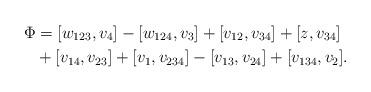
LaTeX: \begin{align*}\Phi&=[w_{123}, v_4]-[w_{124}, v_3]+[v_{12}, v_{34}]+[z, v_{34}]\\&+[v_{14}, v_{23}]+[v_1, v_{234}]-[v_{13}, v_{24}]+[v_{134}, v_2].\end{align*}